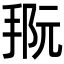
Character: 𪮀